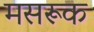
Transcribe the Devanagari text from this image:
मसरूक